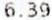
6.39